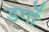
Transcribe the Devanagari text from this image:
डगों